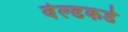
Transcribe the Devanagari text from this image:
र्वल्डकडे